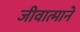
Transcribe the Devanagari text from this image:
जीवात्माने